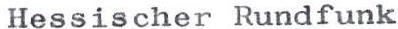
Hessischer Rundfunk